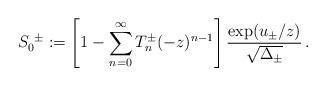
LaTeX: \begin{align*}S_0^{\ \pm} := \left[ 1- \sum_{n=0}^\infty T_n^\pm (-z)^{n-1} \right]{\exp(u_\pm/z)\over \sqrt{\Delta_\pm}}\, .\end{align*}